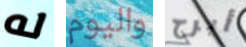
له واليوم أبرح